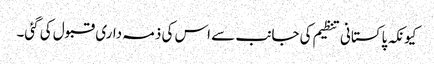
کیونکہ پاکستانی تنظیم کی جانب سے اس کی ذمہ داری قبول کی گئی۔